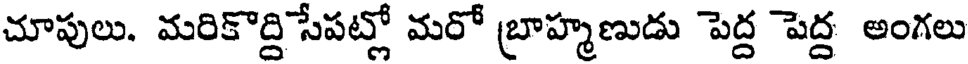
చూపులు. మరికొద్ది సేపట్లో మరో బ్రాహ్మణుడు పెద్ద పెద్ద అంగలు